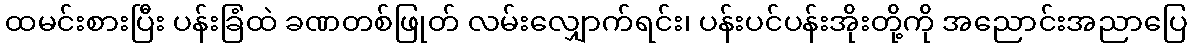
ထမင်းစားပြီး ပန်းခြံထဲ ခဏတစ်ဖြုတ် လမ်းလျှောက်ရင်း၊ ပန်းပင်ပန်းအိုးတို့ကို အညောင်းအညာပြေ